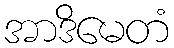
အာဒိမေတံ